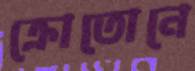
ক্রোতোনে